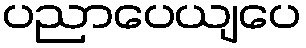
ပညာပေယျပေ